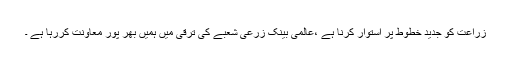
زراعت کو جدید خطوط پر استوار کرنا ہے ،عالمی بینک زرعی شعبے کی ترقی میں ہمیں بھر پور معاونت کررہا ہے ۔